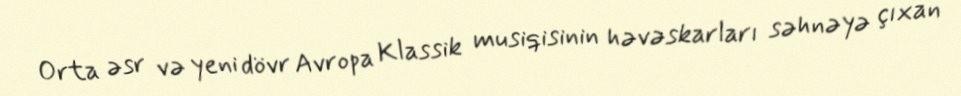
Orta əsr və yeni dövr Avropa Klassik musiqisinin həvəskarları səhnəyə çıxan